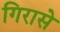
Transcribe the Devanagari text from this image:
गिरासे